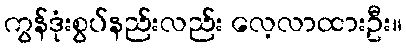
ကွန်ဒုံးစွပ်နည်းလည်း လေ့လာထားဦး။